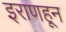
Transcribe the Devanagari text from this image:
इराणहून